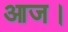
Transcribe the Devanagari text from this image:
आज।